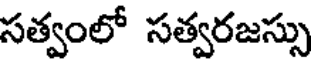
సత్వంలో సత్వరజస్సు